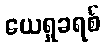
ယေရှုခရစ်